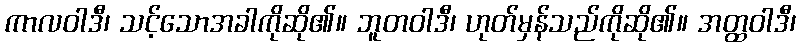
ကာလဝါဒီ၊ သင့်သောအခါကိုဆို၏။ ဘူတဝါဒီ၊ ဟုတ်မှန်သည်ကိုဆို၏။ အတ္ထဝါဒီ၊